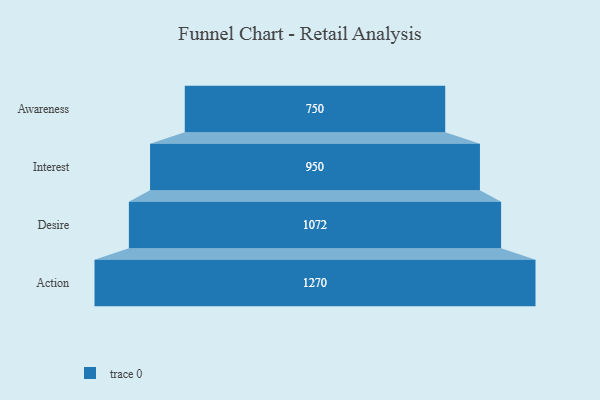
{"axis": {"x": "Stage", "y": "Value"}, "legend": [""], "data": [{"x": "Awareness", "y": 750.0, "type": ""}, {"x": "Interest", "y": 950.0, "type": ""}, {"x": "Desire", "y": 1072.0, "type": ""}, {"x": "Action", "y": 1270.0, "type": ""}]}